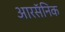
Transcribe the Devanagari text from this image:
आरसॅनिक